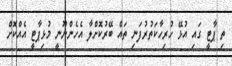
ތި ޕާޓީ ގައި އުޅޭ ހުރިހާކަތުރުފަނި ތައް ބޭރުކޮށްލާ އެހެންނޫނީ މުޅިޕާޓީ އެއްކޮށް